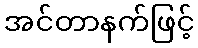
အင်တာနက်ဖြင့်